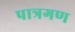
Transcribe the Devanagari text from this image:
पात्रगण